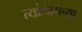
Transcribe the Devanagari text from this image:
त्यांमागच्या